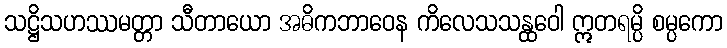
သဋ္ဌိသဟဿမတ္တာ သီတာယော အဓိကဘာဝေန ကိလေသသန္ထဝေါ ဣတရမ္ပိ စမ္ပကော